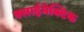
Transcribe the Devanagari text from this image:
क्लाईमेक्टिक